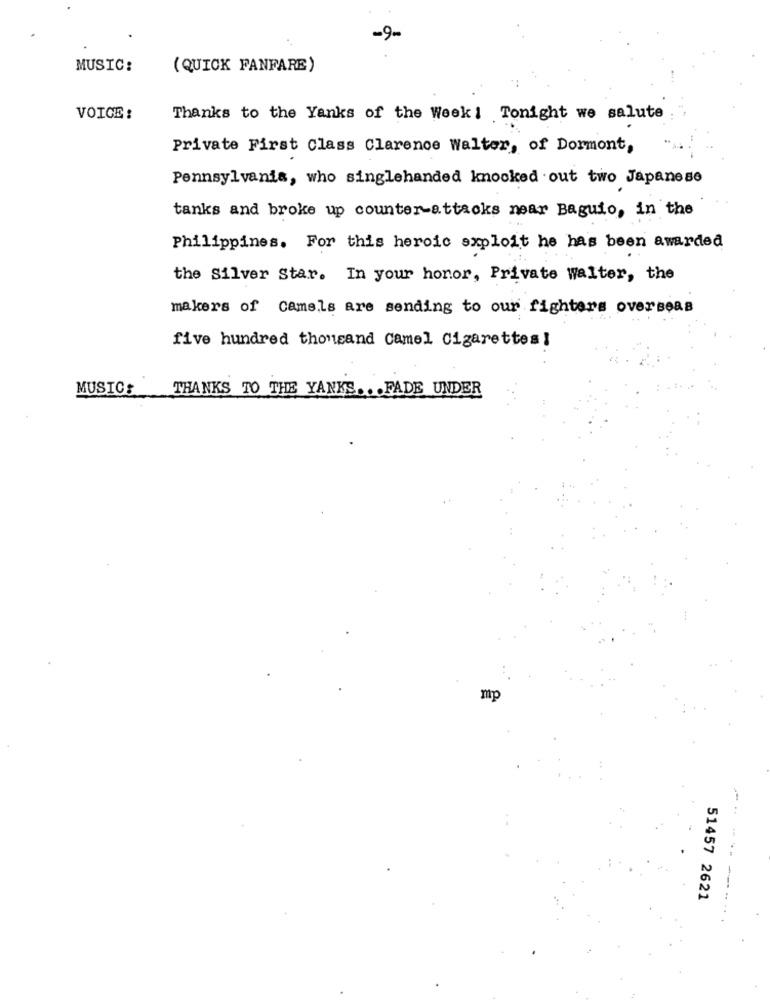
-9-
MUSIC:
( QUICK FANFARE)
VOICE :
Thanks to the Yanks of the Week Tonight we salute
Private First Class Clarence Walter, of Dormont,
Pennsylvania, who singlehanded knocked out two Japanese
tanks and broke up counter-attacks near Baguio, in the
Philippines. For this heroic exploit he has been awarded
the Silver Star. In your honor, Private walter, the
makers of Camels are sending to our fighters overseas
five hundred thousand camel Cigarettes!
MUSICS
THANKS TO THE YANKS ... FADE UNDER
mp
51457 2621